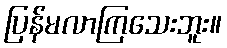
ပြန်မလာကြသေးဘူး။